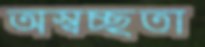
অস্বচ্ছতা